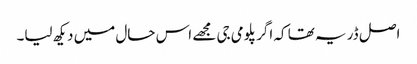
اصل ڈر یہ تھا کہ اگر پلومی جی مجھے اس حال میں دیکھ لیا۔